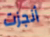
أنجزت